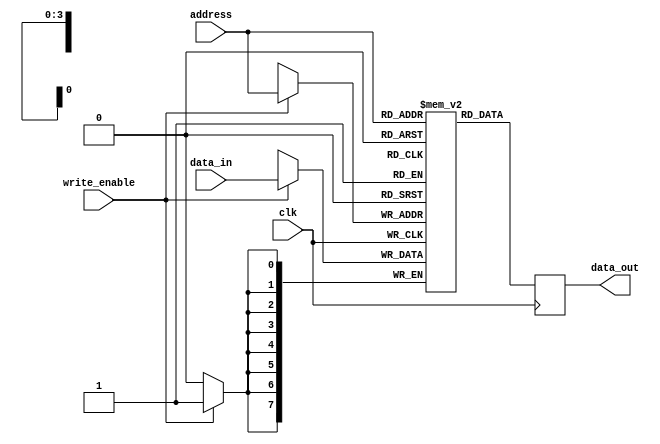
module register_file(
    input wire clk,
    input wire [3:0] address,
    input wire write_enable,
    input wire [7:0] data_in,
    output reg [7:0] data_out
);

reg [7:0] registers [15:0];

always @(posedge clk) begin
    if(write_enable)
        registers[address] <= data_in;
    
    data_out <= registers[address];
end

endmodule